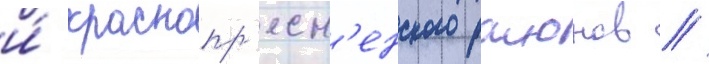
и́ краснопр'есн'енского раионов //